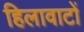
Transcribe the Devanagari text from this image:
हिलावाटों